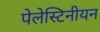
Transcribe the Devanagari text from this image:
पेलेस्टिनीयन